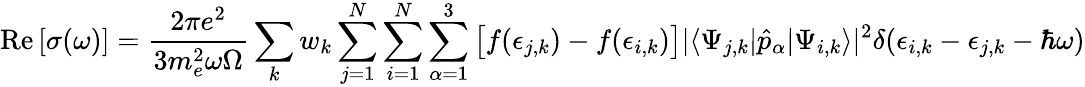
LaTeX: \operatorname{Re}\left[\sigma(\omega)\right]=\frac{2\pi e^{2}}{3m_{e}^{2}\omega\Omega}\sum_{k}w_{k}\sum_{j=1}^{N}\sum_{i=1}^{N}\sum_{\alpha=1}^{3}\big[f(\epsilon_{j,k})-f(\epsilon_{i,k})\big]|\langle{\Psi_{j,k}|\hat{p}_{\alpha}|\Psi_{i,k}}\rangle|^{2}\delta(\epsilon_{i,k}-\epsilon_{j,k}-\hbar\omega)